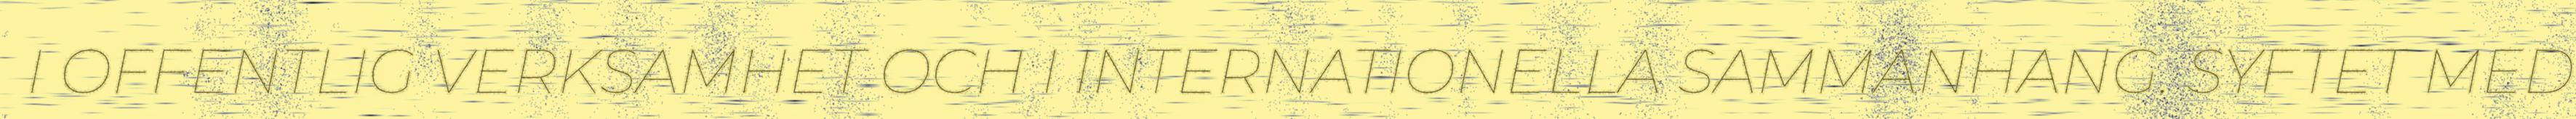
I OFFENTLIG VERKSAMHET OCH I INTERNATIONELLA SAMMANHANG. SYFTET MED